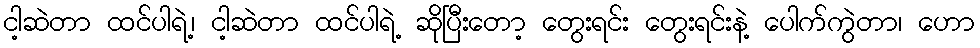
ငါ့ဆဲတာ ထင်ပါရဲ့၊ ငါ့ဆဲတာ ထင်ပါရဲ့ ဆိုပြီးတော့ တွေးရင်း တွေးရင်းနဲ့ ပေါက်ကွဲတာ၊ ဟော